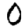
Digit: 0